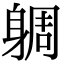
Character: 𨉜